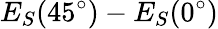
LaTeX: E_{S}(45^{\circ})-E_{S}(0^{\circ})